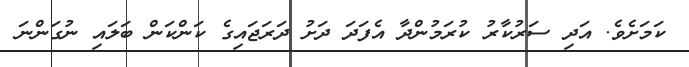
ކަމަށެވެ. އަދި ސަރުކާރު ކުރަމުންދާ އެފަދަ ދަށު ދަރަޖައިގެ ކަންކަން ބަލައި ނުގަންނަ